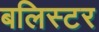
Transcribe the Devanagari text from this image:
बलिस्टर